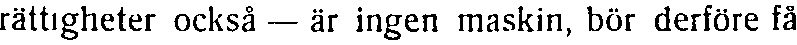
rättigheter också — är ingen maskin, bör derföre få